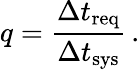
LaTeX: q=\frac{\Delta t_{\mathrm{req}}}{\Delta t_{\mathrm{sys}}}\, .